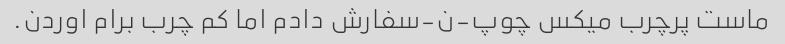
ماست پرچرب میکس چوپ-ن-سفارش دادم اما کم چرب برام اوردن.